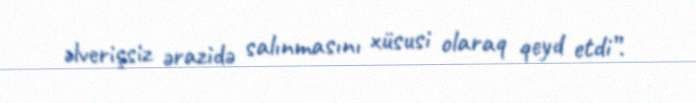
əlverişsiz ərazidə salınmasını xüsusi olaraq qeyd etdi”.